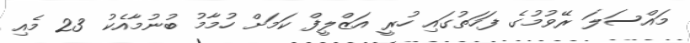
މައްސަލަ ރޭވުމުގެ ފަހަތުގައި ހުރީ އަޒްލީފް ކަމަށް ހުމާމު ބުނުމާއެކު 23 މެއި